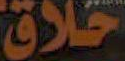
خلاق